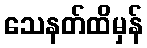
သေနတ်ထိမှန်